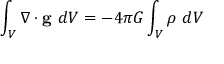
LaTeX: \int _ { V } \nabla \cdot \mathbf { g } \ d V = - 4 \pi G \int _ { V } \rho \ d V